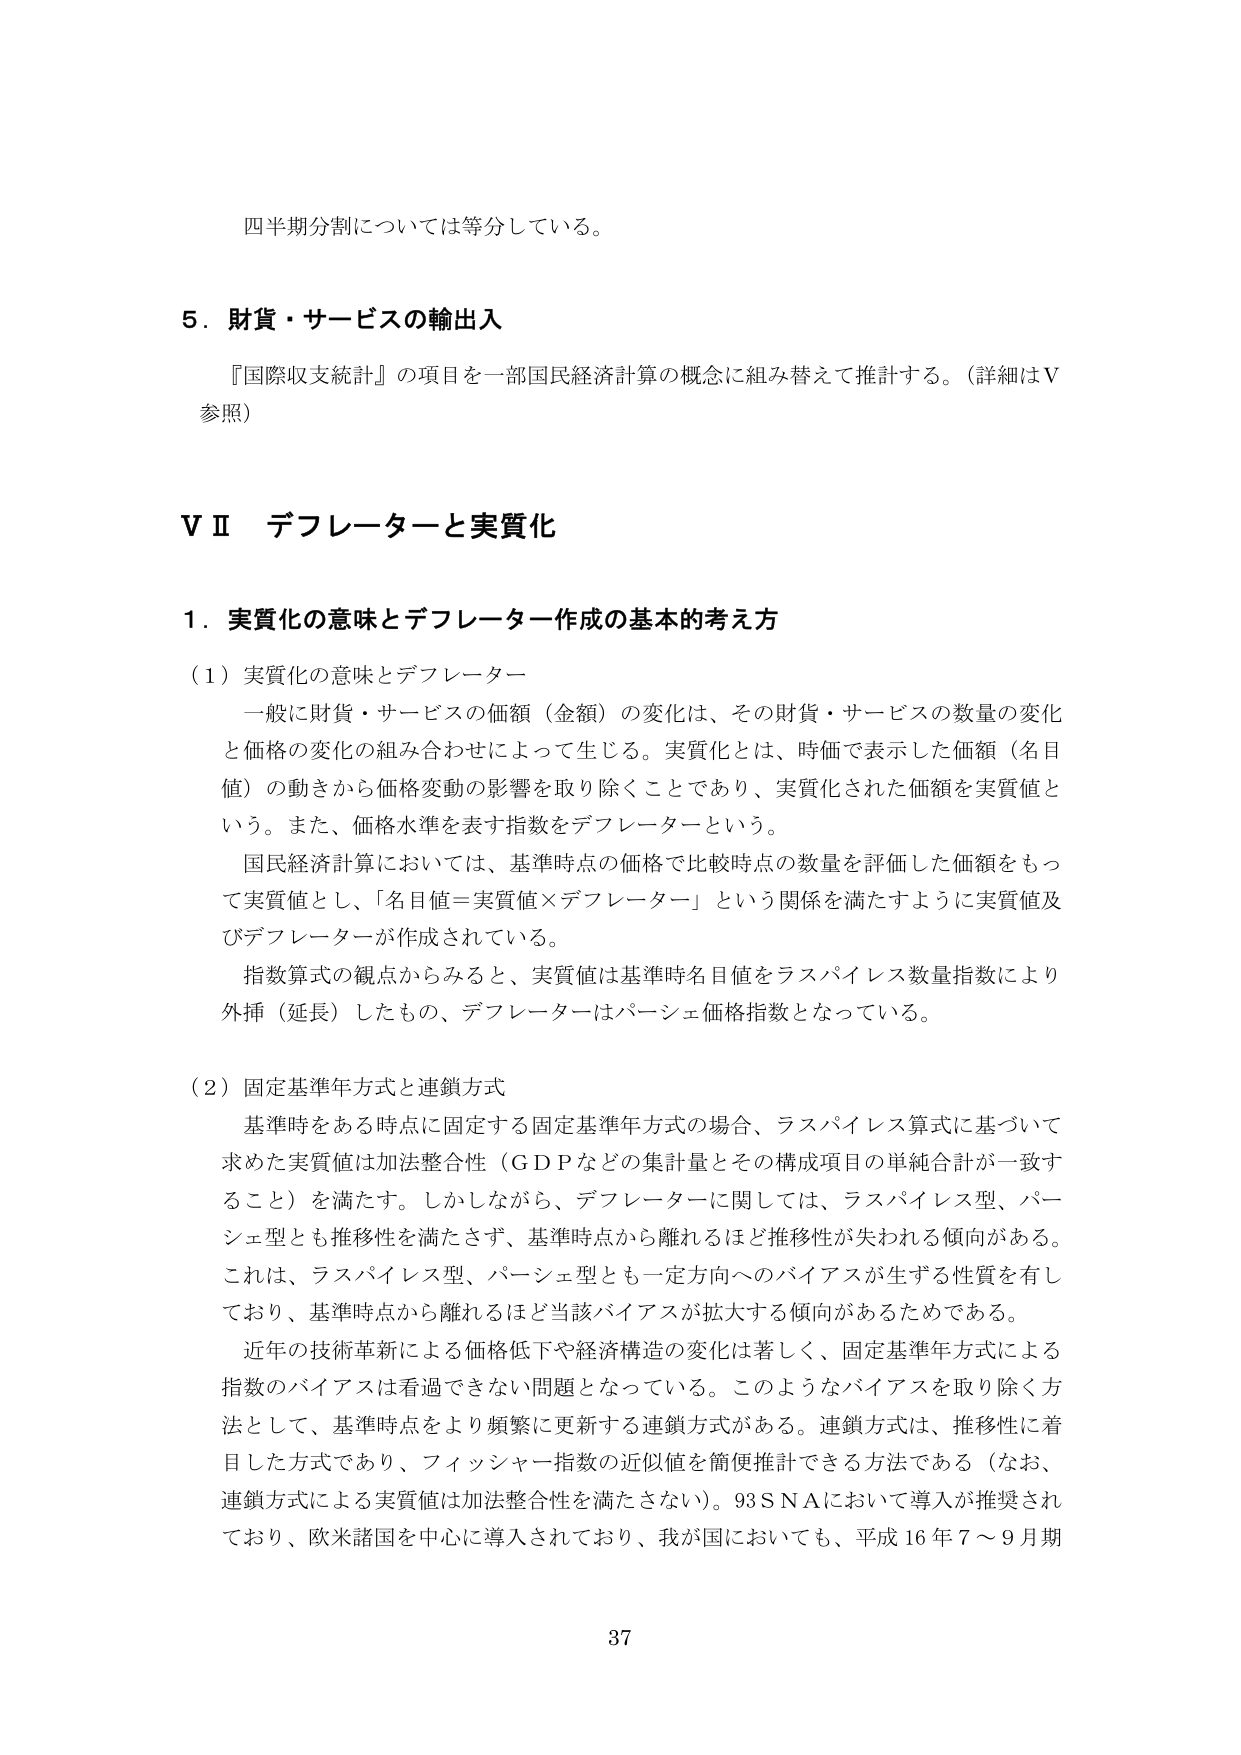
四半期分割については等分している。

５．財貨・サービスの輸出入

『国際収支統計』の項目を一部国民経済計算の概念に組み替えて推計する。（詳細はⅤ参照）

ⅤⅡ デフレーターと実質化

１．実質化の意味とデフレーター作成の基本的考え方

（１）実質化の意味とデフレーター

一般に財貨・サービスの価額（金額）の変化は、その財貨・サービスの数量の変化と価格の変化の組み合わせによって生じる。実質化とは、時価で表示した価額（名目値）の動きから価格変動の影響を取り除くことであり、実質化された価額を実質値という。また、価格水準を表す指数をデフレーターという。

国民経済計算においては、基準時点の価格で比較時点の数量を評価した価額をもって実質値とし、「名目値＝実質値×デフレーター」という関係を満たすように実質値及びデフレーターが作成されている。

指数算式の観点からみると、実質値は基準時名目値をラスパイレス数量指数により外挿（延長）したもの、デフレーターはパーシェ価格指数となっている。

（２）固定基準年方式と連鎖方式

基準時をある時点に固定する固定基準年方式の場合、ラスパイレス算式に基づいて求めた実質値は加法整合性（ＧＤＰなどの集計量とその構成項目の単純合計が一致すること）を満たす。しかしながら、デフレーターに関しては、ラスパイレス型、パーシェ型とも推移性を満たさず、基準時点から離れるほど推移性が失われる傾向がある。これは、ラスパイレス型、パーシェ型とも一定方向へのバイアスが生ずる性質を有しており、基準時点から離れるほど当該バイアスが拡大する傾向があるためである。

近年の技術革新による価格低下や経済構造の変化は著しく、固定基準年方式による指数のバイアスは看過できない問題となっている。このようなバイアスを取り除く方法として、基準時点をより頻繁に更新する連鎖方式がある。連鎖方式は、推移性に着目した方式であり、フィッシャー指数の近似値を簡便推計できる方法である（なお、連鎖方式による実質値は加法整合性を満たさない）。93ＳＮＡにおいて導入が推奨されており、欧米諸国を中心に導入されており、我が国においても、平成16年7～9月期

37